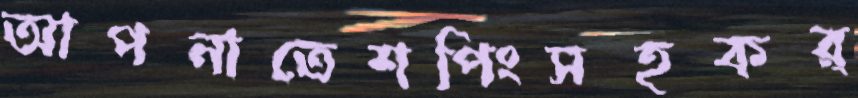
আপনাতেশপিংসহকর্